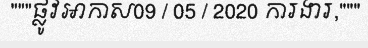
"""ផ្លូវអាកាស09 / 05 / 2020 ការងារ,"""